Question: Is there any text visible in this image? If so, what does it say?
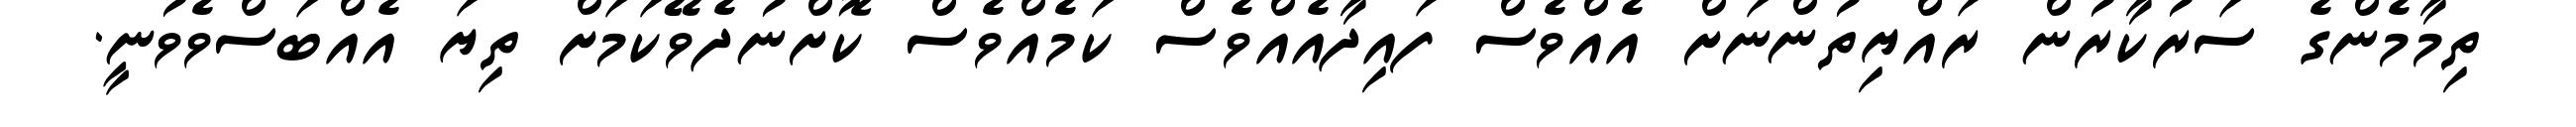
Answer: ތިމާމެންގެ ސަރުކާރުން ރައްޔިތުންނަށް އެއްވެސް ފައިދާއެއްވެސް ކަމެއްވެސް ކޮށްނުދެވޭކަމަށް ތިޔަ އެއްބަސްވެވުނީ.